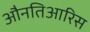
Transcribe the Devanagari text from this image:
औनतिआरिस